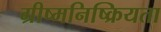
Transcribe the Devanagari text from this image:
ग्रीष्मनिष्क्रियता